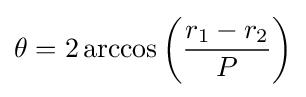
\theta =2\arccos \left({\frac {r_{1}-r_{2}}{P}}\right)